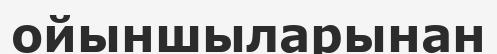
ойыншыларынан